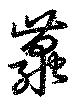
繭